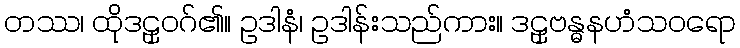
တဿ၊ ထိုဒဠှဝဂ်၏။ ဥဒါနံ၊ ဥဒါန်းသည်ကား။ ဒဠှဗန္ဓနဟံသဝရော